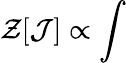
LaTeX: \mathcal{Z}[\mathcal{{J}}]\propto\int